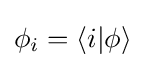
\phi _{i}=\langle i|\phi \rangle